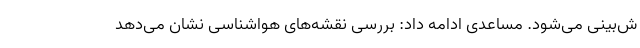
ش‌بینی می‌شود. مساعدی ادامه داد: بررسی نقشه‌های هواشناسی نشان می‌دهد